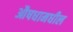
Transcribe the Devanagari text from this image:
औषधामधील